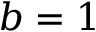
b = 1